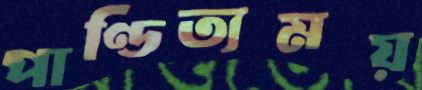
পাণ্ডিত্যময়